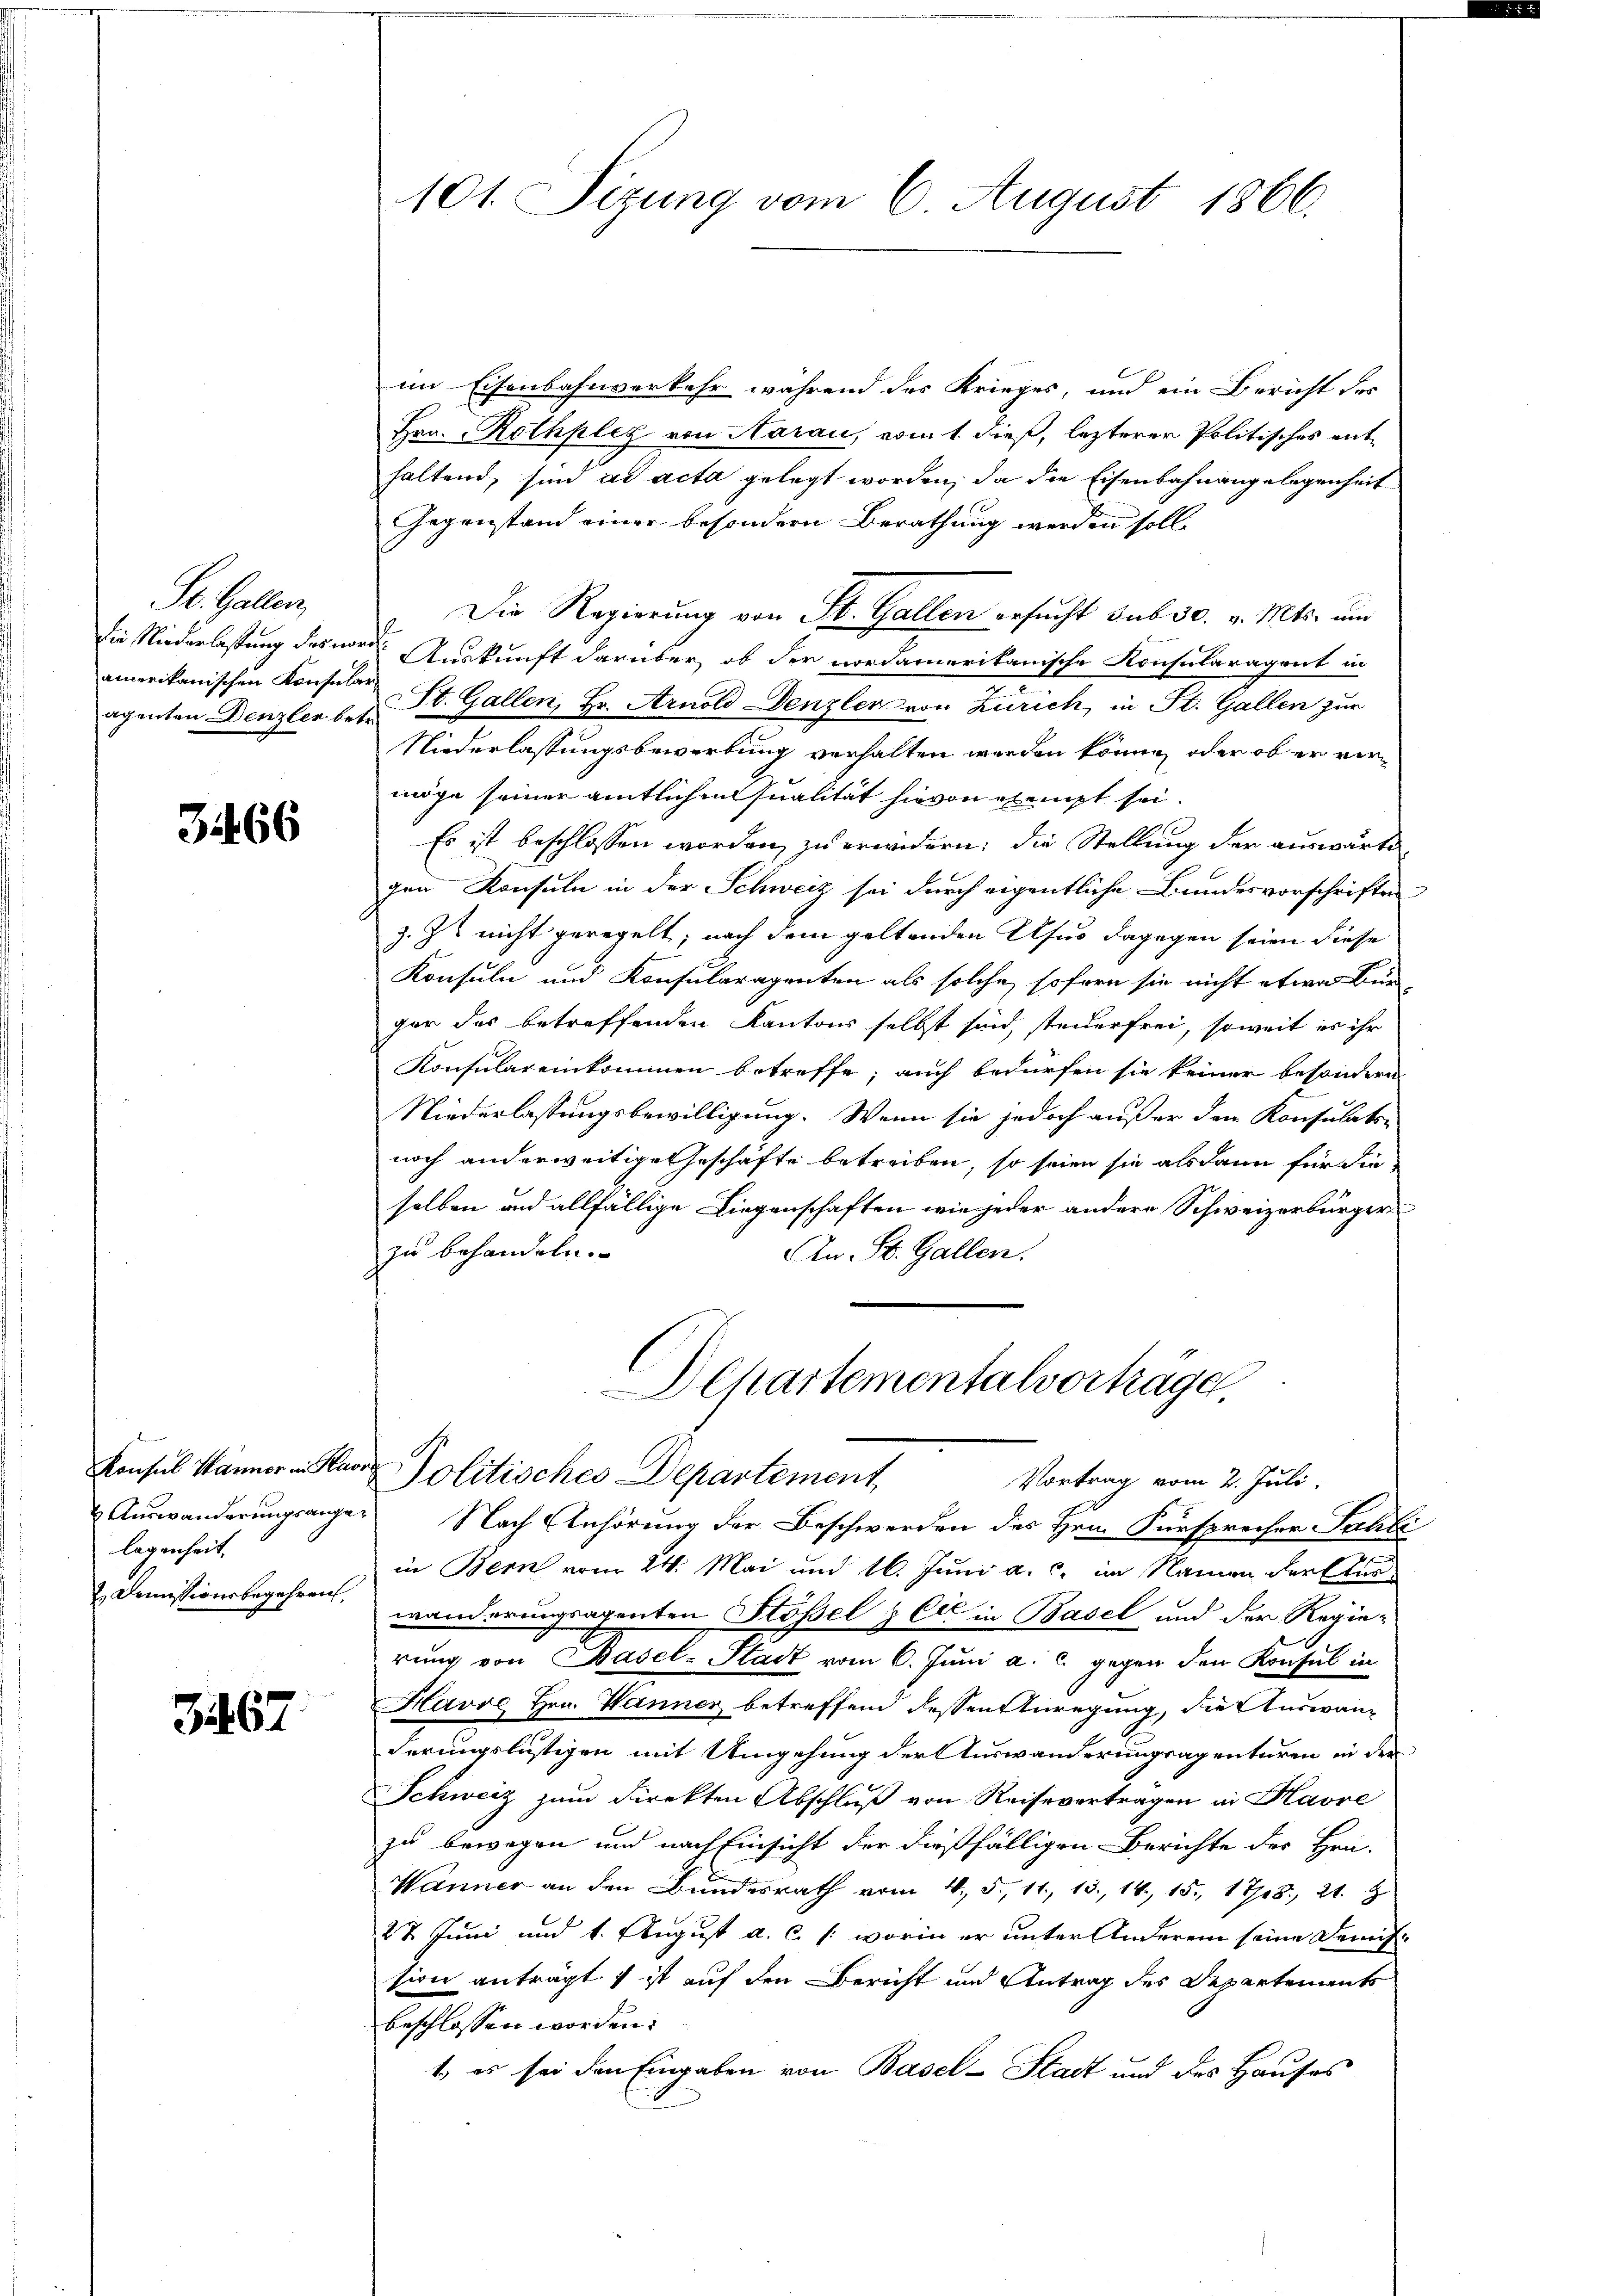
St. Gallen,
amerikanischen Konsular

3466

legenheit.
 Demissionsbegehren,

3467.

101. Sizung vom 6. August 1866.

im Eisenbahnverkehr während des Krieges, und ein Bericht des
Hrn. Rothplez von Aarau, vom 1. dieß, lezterer Politisches enthaltend, sind ad acta gelegt worden, da die Eisenbahnangelegenheit
Gegenstand einer besondern Berathung werden soll.
Die Regierung von St. Gallen ersucht sub 30. v. Mts. und
Die Niederlaßung des worden Auskunft darüber, ob der nordamerikanische Konsularagent in
aganten Denzler b. St. Gallen, Hr. Arnold Denzler von Zürich, in St. Gallen zur
Niederlassungsbewerbung verhalten werden könne, oder ob er vermöge seiner amtlichen Qualität hievon elempt sei.
Es ist beschlossen worden, zu erwidern: die Stellung der auswärte
gen Konsuln in der Schweiz sei durch eigentliche Bundesvorschriften
z. Zt nicht geregelt, nach dem geltenden Usus dagegen seien diese
Konsuln und Konsularagenten als solche, sofern sie nicht etwa Bür-
gar des betreffenden Kantons selbst sind, steuerfrei, soweit es ihr
Konsulareinkommen betreffe; auch bedürfen sie keiner besondern
Niederlassungsbewilligung. Wenn sie jedoch außer den Konsulats-
noch anderweitige Geschäfte betreiben, so seien sie alsdann für die
selben und allfällige Liegenschaften wie jeder andere Schweizerbürger
zu behandeln.
An St. Gallen.
DChartementalvorträge
Konsul Männer in Haar Politisches Departement,
Vortrag vom 2. Juli.
 Auswanderungsange. Nach Anhörung der Beschwerden des Hrn. Fürsprecher Sahli
in Bern vom 24. Mai und 16. Juni a. c. im Namen der Stur
wanderungsagenten Stößel & Cie in Basel und der Regierung von Basel-Stadt vom 6. Juni a. c. gegen den Konsul in
Havve Hrn. Wanner betreffend dessen Anregung, die Auswanderungslustigen mit Umgehung der Auswanderungsagenturen in der
Schweiz zum Direkten Abschluß von Reisevertragen in Havre
zu bewegen und nach Einsicht der dießfälligen Berichte des Hrn.
Wänner an den Bundesrath vom 4. 5. 11, 13. 14, 15. 1708, 21. 8
2t Juni und 1. August a. c. /: worin er unter Anderen seine Demission anträgt ist auf den Bericht und Antrag des Departements
beschlossen worden.
1., es sei den Eingaben von Basel-Stadt und des Hauses